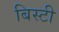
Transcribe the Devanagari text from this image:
बिस्टी